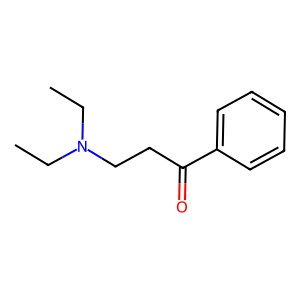
SMILES: CCN(CC)CCC(=O)c1ccccc1
Inhibits HIV replication: No